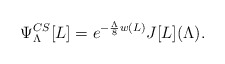
\begin{align*}\Psi^{CS}_{\Lambda}[L] = e^{-{\Lambda \over 8} w(L)} J[L](\Lambda).\end{align*}